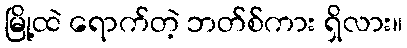
မြို့ထဲ ရောက်တဲ့ ဘတ်စ်ကား ရှိလား။